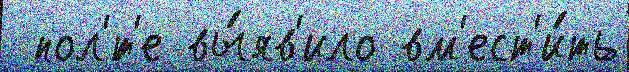
 пол'́т'е вы́яв'ило вм'ест'и́ть